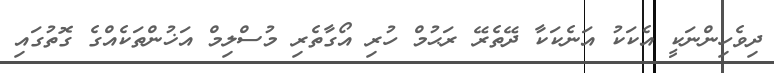
ދިވެހިންނަކީ އެކަކު އަނެކަކާ ދޭތެރޭ ރަޙުމް ހުރި އޯގާތެރި މުސްލިމް އަޚުންތަކެއްގެ ގޮތުގައި